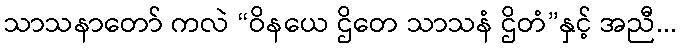
သာသနာတော် ကလဲ “ဝိနယေ ဌိတေ သာသနံ ဌိတံ”နှင့် အညီ...